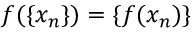
f ( \{ x _ { n } \} ) = \{ f ( x _ { n } ) \}